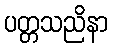
ပတ္တသညိနာ